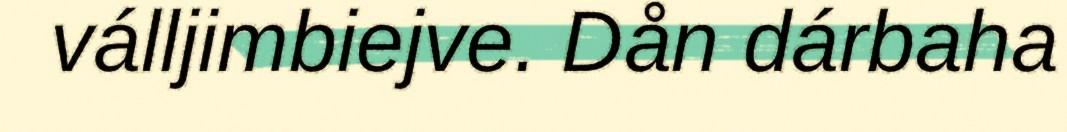
válljimbiejve. Dån dárbaha